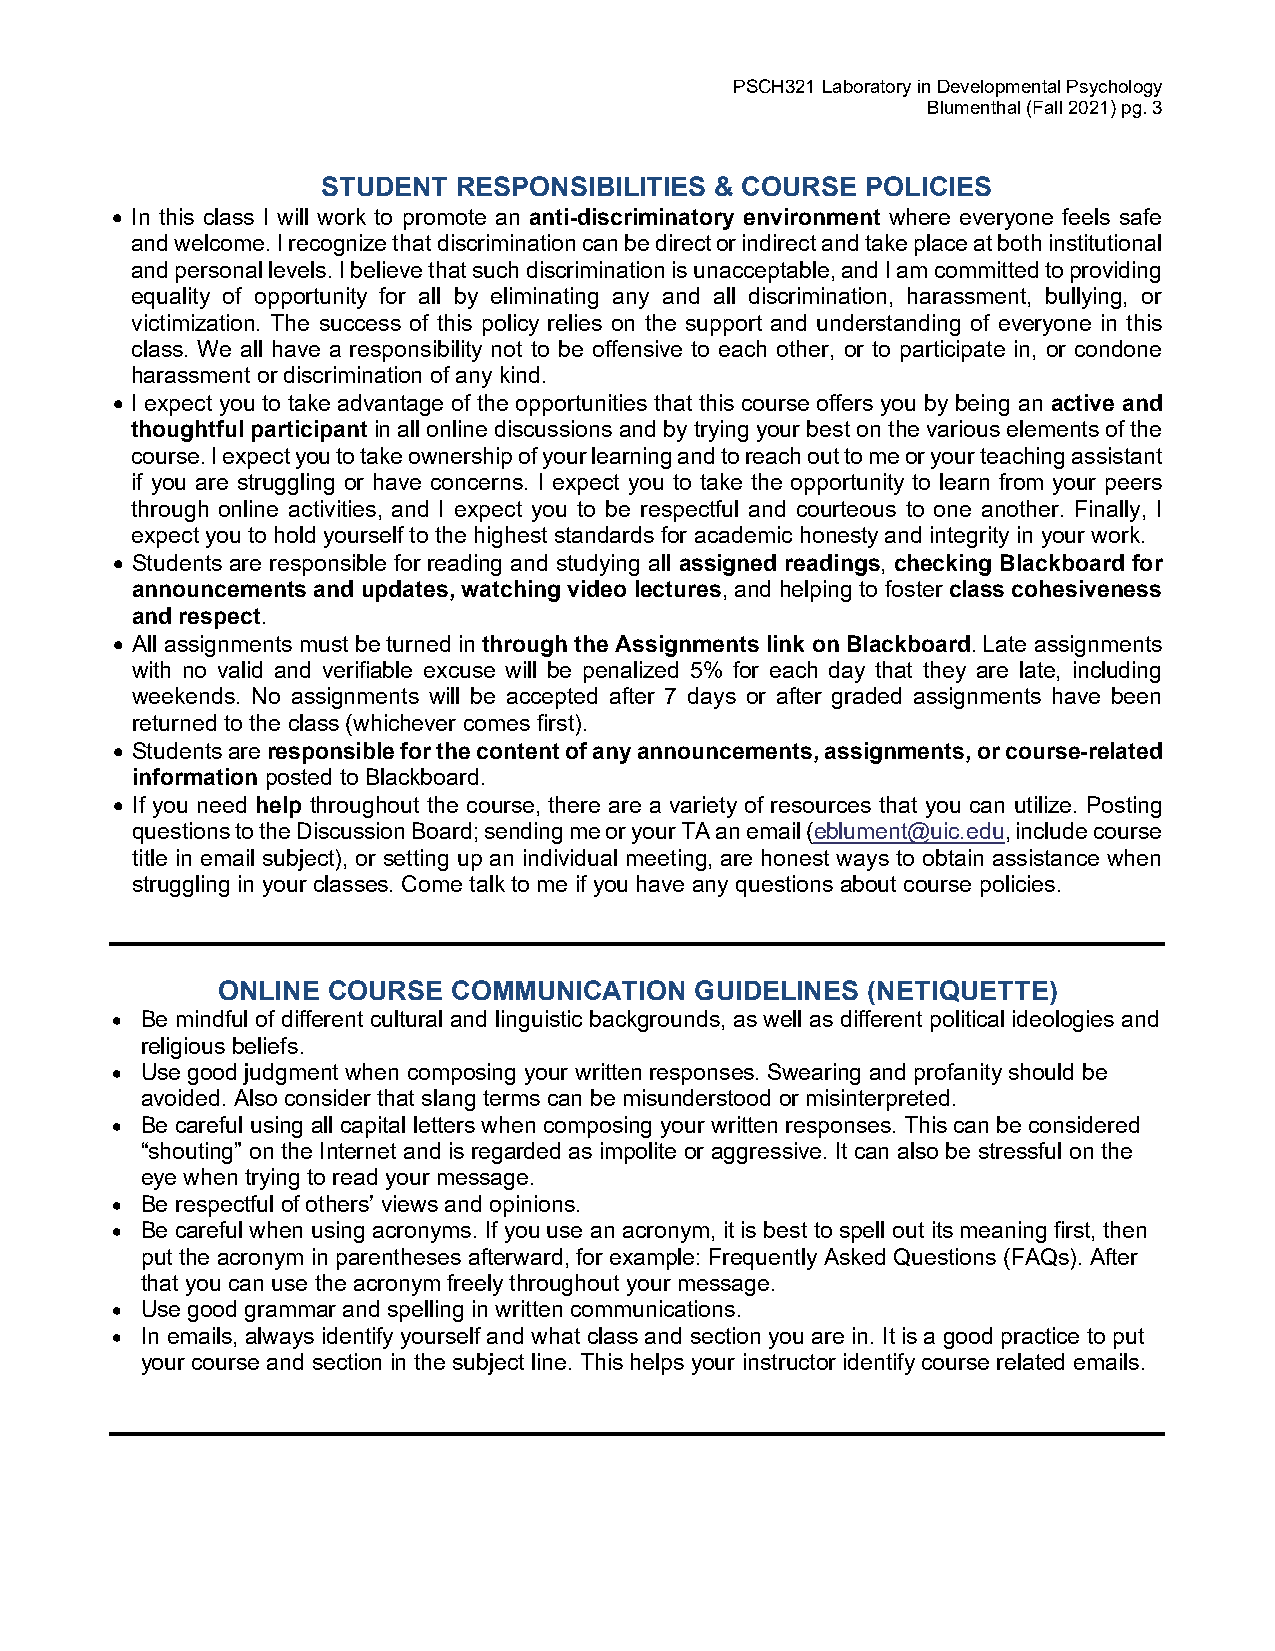
PSCH321 Laboratory in Developmental Psychology
 Blumenthal (Fall 2021) pg. 3
 STUDENT  RESPONSIBILITIES & COURSE  POLICIES
 • In this class I will work to promote an anti-discriminatory environment where everyone feels safe
 and welcome. I recognize that discrimination can be direct or indirect and take place at both institutional
 and personal levels. I believe that such discrimination is unacceptable, and I am committed to providing
 equality of opportunity for all by eliminating any and all discrimination, harassment, bullying, or
 victimization. The success of this policy relies on the support and understanding of everyone in this
 class. We all have a responsibility not to be offensive to each other, or to participate in, or condone
 harassment or discrimination of any kind.
 • I expect you to take advantage of the opportunities that this course offers you by being an active and
 thoughtful participant in all online discussions and by trying your best on the various elements of the
 course. I expect you to take ownership of your learning and to reach out to me or your teaching assistant
 if you are struggling or have concerns. I expect you to take the opportunity to learn from your peers
 through online activities, and I expect you to be respectful and courteous to one another. Finally, I
 expect you to hold yourself to the highest standards for academic honesty and integrity in your work.
 • Students are responsible for reading and studying all assigned readings, checking Blackboard for
 announcements and updates, watching video lectures, and helping to foster class cohesiveness
 and respect.
 • All assignments must be turned in through the Assignments link on Blackboard. Late assignments
 with no valid and verifiable excuse will be penalized 5% for each day that they are late, including
 weekends. No assignments will be accepted after 7 days or after graded assignments have been
 returned to the class (whichever comes first).
 • Students are responsible for the content of any announcements, assignments, or course-related
 information posted to Blackboard.
 • If you need help throughout the course, there are a variety of resources that you can utilize. Posting
 questions to the Discussion Board; sending me or your TA an email (eblument@uic.edu, include course
 title in email subject), or setting up an individual meeting, are honest ways to obtain assistance when
 struggling in your classes. Come talk to me if you have any questions about course policies.
 ONLINE  COURSE  COMMUNICATION   GUIDELINES (NETIQUETTE)
 • Be mindful of different cultural and linguistic backgrounds, as well as different political ideologies and
 religious beliefs.
 • Use good judgment when composing your written responses. Swearing and profanity should be
 avoided. Also consider that slang terms can be misunderstood or misinterpreted.
 • Be careful using all capital letters when composing your written responses. This can be considered
 “shouting” on the Internet and is regarded as impolite or aggressive. It can also be stressful on the
 eye when trying to read your message.
 • Be respectful of others’ views and opinions.
 • Be careful when using acronyms. If you use an acronym, it is best to spell out its meaning first, then
 put the acronym in parentheses afterward, for example: Frequently Asked Questions (FAQs). After
 that you can use the acronym freely throughout your message.
 • Use good grammar and spelling in written communications.
 • In emails, always identify yourself and what class and section you are in. It is a good practice to put
 your course and section in the subject line. This helps your instructor identify course related emails.